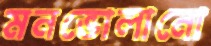
মনভোলানো